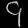
Digit: ၄